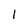
Character: 1